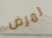
لمرض